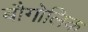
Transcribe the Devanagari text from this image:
बौगोलिक